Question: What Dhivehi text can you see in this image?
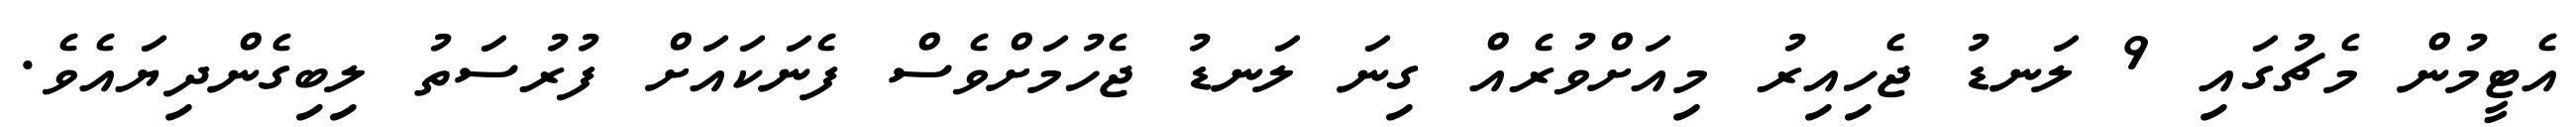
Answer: އެޓީމުން މެޗުގައި 9 ލަނޑު ޖެހިއިރު މިއަށްވުރެއް ގިނަ ލަނޑު ޖެހުމަށްވެސް ފެނަކައަށް ފުރުސަތު ލިބިގެންދިޔައެވެ.